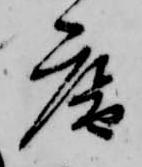
庵